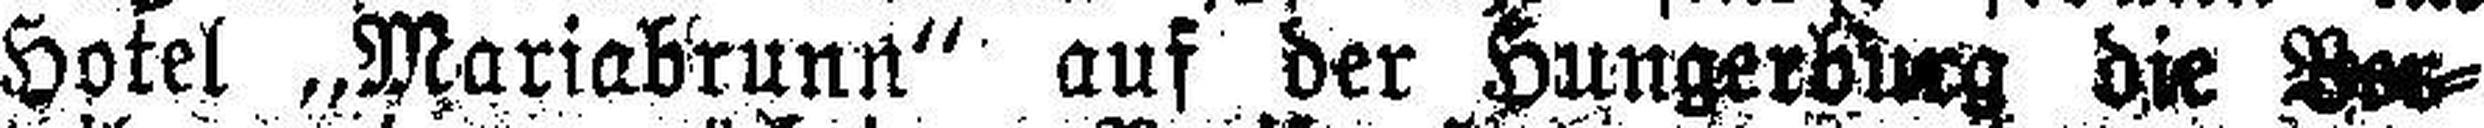
Hotel „Mariabrunn“ auf der Hungerburg  die Ver¬